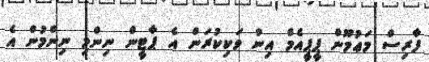
ފާރިސް މަޢުމޫން ޕީޕީއެމް އިން ވަކިކުރަން އެ ޕާޓީން ނިންމި ނިންމުން އެ